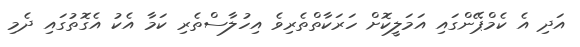
އަދި އެ ކެމްޕޭންގައި އަމަލީކޮށް ހަރަކާތްތެރިވެ އިހުލާސްތެރި ކަމާ އެކު އެގޮތުގައި ދެމި